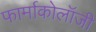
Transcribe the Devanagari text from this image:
फार्माकोलॉजी